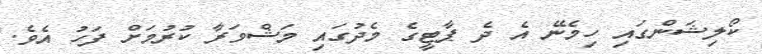
ކޯލިޝަންގައި ހިމެނޭ އެ ދެ ޕާޓީގެ މެދުގައި މަޝްވަރާ ކުރުމަށް ފަހު އެވެ.